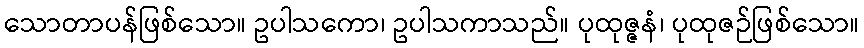
သောတာပန်ဖြစ်သော။ ဥပါသကော၊ ဥပါသကာသည်။ ပုထုဇ္ဇနံ၊ ပုထုဇဉ်ဖြစ်သော။